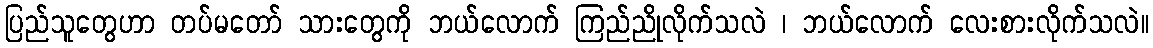
ပြည်သူတွေဟာ တပ်မတော် သားတွေကို ဘယ်လောက် ကြည်ညိုလိုက်သလဲ ၊ ဘယ်လောက် လေးစားလိုက်သလဲ။